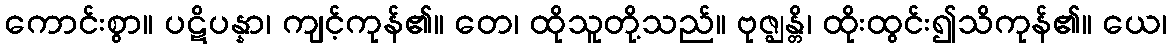
ကောင်းစွာ။ ပဋိပန္နာ၊ ကျင့်ကုန်၏။ တေ၊ ထိုသူတို့သည်။ ဗုဇ္ဈန္တိ၊ ထိုးထွင်း၍သိကုန်၏။ ယေ၊